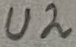
Text: U2